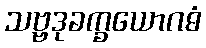
သဗ္ဗဒုခက္ခယောဂဓံ